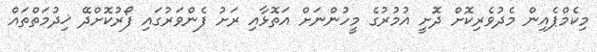
މިކެމްޕެއިން މެދުވެރިކޮށް ދޮށީ އުމުރުގެ މީހުންނަށް އަތޮޅާއި ރަށު ފެންވަރުގައި ފޯރުކޮށްދޭ ޚިދުމަތްތައް